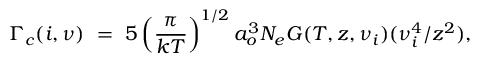
\Gamma _ { c } ( i , \nu ) \ = \ 5 \left( \frac { \pi } { k T } \right) ^ { 1 / 2 } a _ { o } ^ { 3 } N _ { e } G ( T , z , \nu _ { i } ) ( \nu _ { i } ^ { 4 } / z ^ { 2 } ) ,